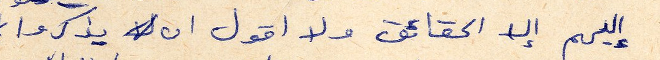
إليهم إلا الحقائق ولا اقول ان يذكروا